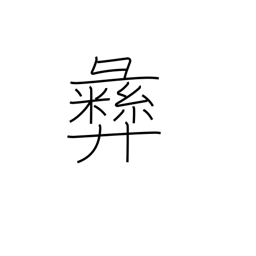
Meaning: moral principle